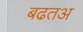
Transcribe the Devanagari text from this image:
बढतअ